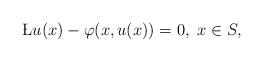
LaTeX: \begin{align*}\L u(x) - \varphi (x, u(x))=0, \ x\in S,\end{align*}